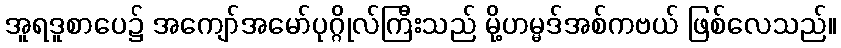
အူရဒူစာပေ၌ အကျော်အမော်ပုဂ္ဂိုလ်ကြီးသည် မို့ဟမ္မဒ်အစ်ကဗယ် ဖြစ်လေသည်။